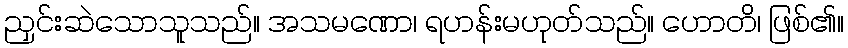
ညှင်းဆဲသောသူသည်။ အသမဏော၊ ရဟန်းမဟုတ်သည်။ ဟောတိ၊ ဖြစ်၏။